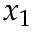
x _ { 1 }